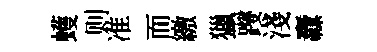
蠖则准而繳獵躞淺纛